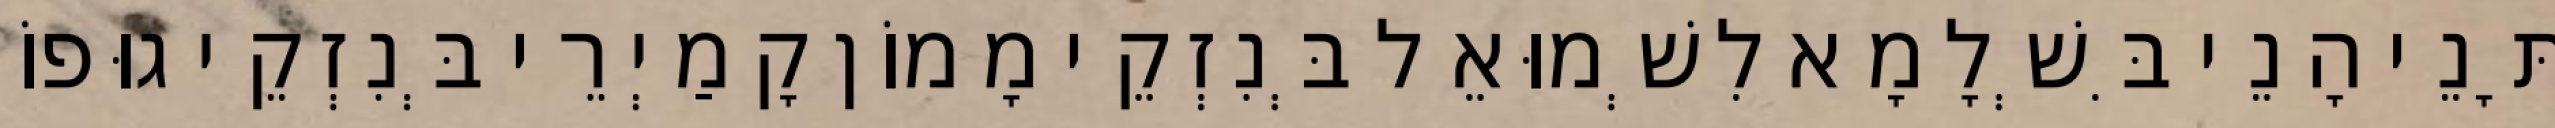
תָּנֵי הָנֵי בִּשְׁלָמָא לִשְׁמוּאֵל בְּנִזְקֵי מָמוֹן קָמַיְרֵי בְּנִזְקֵי גוּפוֹ